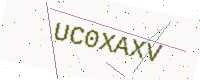
Text: UC0XAXV